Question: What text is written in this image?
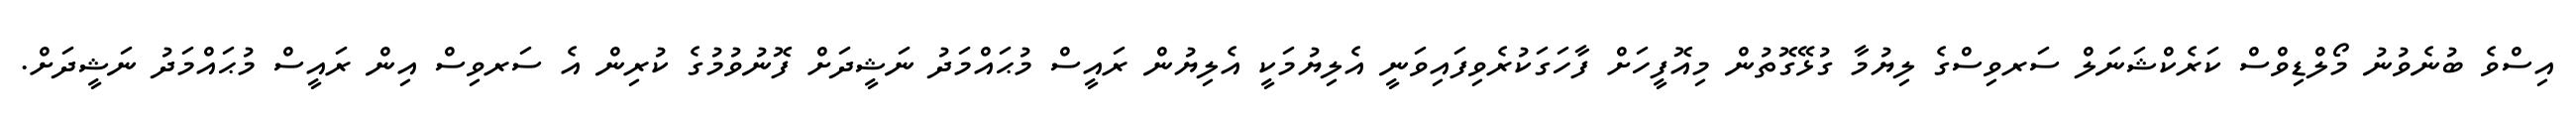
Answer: އިސްވެ ބުނެވުނު މޯލްޑިވްސް ކަރެކްޝަނަލް ސަރވިސްގެ ލިޔުމާ ގުޅޭގޮތުން މިއޮފީހަށް ފާހަގަކުރެވިފައިވަނީ އެލިޔުމަކީ އެލިޔުން ރައީސް މުޙައްމަދު ނަޝީދަށް ފޮނުވުމުގެ ކުރިން އެ ސަރވިސް އިން ރައީސް މުޙައްމަދު ނަޝީދަށް.